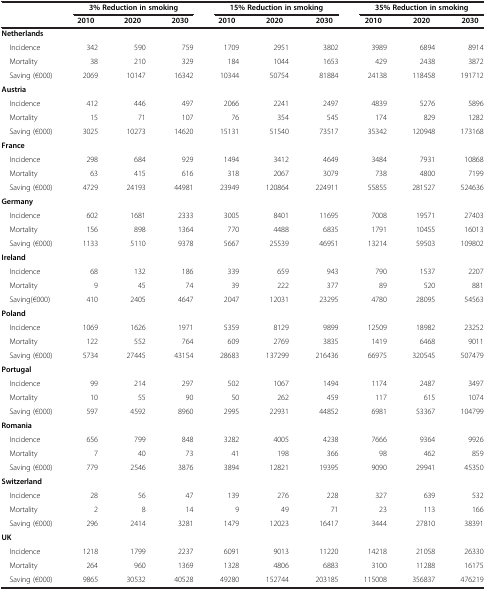
<table><thead><tr><td><b> </b></td><td colspan="3"><b>3% Reduction in smoking</b></td><td colspan="3"><b>15% Reduction in smoking</b></td><td colspan="3"><b>35% Reduction in smoking</b></td></tr><tr><td><b> </b></td><td><b>2010</b></td><td><b>2020</b></td><td><b>2030</b></td><td><b>2010</b></td><td><b>2020</b></td><td><b>2030</b></td><td><b>2010</b></td><td><b>2020</b></td><td><b>2030</b></td></tr></thead><tbody><tr><td><b>Netherlands</b></td><td colspan="3"> </td><td colspan="3"> </td><td colspan="3"> </td></tr><tr><td> Incidence</td><td>342</td><td>590</td><td>759</td><td>1709</td><td>2951</td><td>3802</td><td>3989</td><td>6894</td><td>8914</td></tr><tr><td> Mortality</td><td>38</td><td>210</td><td>329</td><td>184</td><td>1044</td><td>1653</td><td>429</td><td>2438</td><td>3872</td></tr><tr><td> Saving (€000)</td><td>2069</td><td>10147</td><td>16342</td><td>10344</td><td>50754</td><td>81884</td><td>24138</td><td>118458</td><td>191712</td></tr><tr><td><b>Austria</b></td><td colspan="3"> </td><td colspan="3"> </td><td colspan="3"> </td></tr><tr><td> Incidence</td><td>412</td><td>446</td><td>497</td><td>2066</td><td>2241</td><td>2497</td><td>4839</td><td>5276</td><td>5896</td></tr><tr><td> Mortality</td><td>15</td><td>71</td><td>107</td><td>76</td><td>354</td><td>545</td><td>174</td><td>829</td><td>1282</td></tr><tr><td> Saving (€000)</td><td>3025</td><td>10273</td><td>14620</td><td>15131</td><td>51540</td><td>73517</td><td>35342</td><td>120948</td><td>173168</td></tr><tr><td><b>France</b></td><td colspan="3"> </td><td colspan="3"> </td><td colspan="3"> </td></tr><tr><td> Incidence</td><td>298</td><td>684</td><td>929</td><td>1494</td><td>3412</td><td>4649</td><td>3484</td><td>7931</td><td>10868</td></tr><tr><td> Mortality</td><td>63</td><td>415</td><td>616</td><td>318</td><td>2067</td><td>3079</td><td>738</td><td>4800</td><td>7199</td></tr><tr><td> Saving (€000)</td><td>4729</td><td>24193</td><td>44981</td><td>23949</td><td>120864</td><td>224911</td><td>55855</td><td>281527</td><td>524636</td></tr><tr><td><b>Germany</b></td><td colspan="3"> </td><td colspan="3"> </td><td colspan="3"> </td></tr><tr><td> Incidence</td><td>602</td><td>1681</td><td>2333</td><td>3005</td><td>8401</td><td>11695</td><td>7008</td><td>19571</td><td>27403</td></tr><tr><td> Mortality</td><td>156</td><td>898</td><td>1364</td><td>770</td><td>4488</td><td>6835</td><td>1791</td><td>10455</td><td>16013</td></tr><tr><td> Saving (€000)</td><td>1133</td><td>5110</td><td>9378</td><td>5667</td><td>25539</td><td>46951</td><td>13214</td><td>59503</td><td>109802</td></tr><tr><td><b>Ireland</b></td><td colspan="3"> </td><td colspan="3"> </td><td colspan="3"> </td></tr><tr><td> Incidence</td><td>68</td><td>132</td><td>186</td><td>339</td><td>659</td><td>943</td><td>790</td><td>1537</td><td>2207</td></tr><tr><td> Mortality</td><td>9</td><td>45</td><td>74</td><td>39</td><td>222</td><td>377</td><td>89</td><td>520</td><td>881</td></tr><tr><td> Saving(€000)</td><td>410</td><td>2405</td><td>4647</td><td>2047</td><td>12031</td><td>23295</td><td>4780</td><td>28095</td><td>54563</td></tr><tr><td><b>Poland</b></td><td colspan="3"> </td><td colspan="3"> </td><td colspan="3"> </td></tr><tr><td> Incidence</td><td>1069</td><td>1626</td><td>1971</td><td>5359</td><td>8129</td><td>9899</td><td>12509</td><td>18982</td><td>23252</td></tr><tr><td> Mortality</td><td>122</td><td>552</td><td>764</td><td>609</td><td>2769</td><td>3835</td><td>1419</td><td>6468</td><td>9011</td></tr><tr><td> Saving (€000)</td><td>5734</td><td>27445</td><td>43154</td><td>28683</td><td>137299</td><td>216436</td><td>66975</td><td>320545</td><td>507479</td></tr><tr><td><b>Portugal</b></td><td colspan="3"> </td><td colspan="3"> </td><td colspan="3"> </td></tr><tr><td> Incidence</td><td>99</td><td>214</td><td>297</td><td>502</td><td>1067</td><td>1494</td><td>1174</td><td>2487</td><td>3497</td></tr><tr><td> Mortality</td><td>10</td><td>55</td><td>90</td><td>50</td><td>262</td><td>459</td><td>117</td><td>615</td><td>1074</td></tr><tr><td> Saving (€000)</td><td>597</td><td>4592</td><td>8960</td><td>2995</td><td>22931</td><td>44852</td><td>6981</td><td>53367</td><td>104799</td></tr><tr><td><b>Romania</b></td><td colspan="3"> </td><td colspan="3"> </td><td colspan="3"> </td></tr><tr><td> Incidence</td><td>656</td><td>799</td><td>848</td><td>3282</td><td>4005</td><td>4238</td><td>7666</td><td>9364</td><td>9926</td></tr><tr><td> Mortality</td><td>7</td><td>40</td><td>73</td><td>41</td><td>198</td><td>366</td><td>98</td><td>462</td><td>859</td></tr><tr><td> Saving (€000)</td><td>779</td><td>2546</td><td>3876</td><td>3894</td><td>12821</td><td>19395</td><td>9090</td><td>29941</td><td>45350</td></tr><tr><td><b>Switzerland</b></td><td colspan="3"> </td><td colspan="3"> </td><td colspan="3"> </td></tr><tr><td> Incidence</td><td>28</td><td>56</td><td>47</td><td>139</td><td>276</td><td>228</td><td>327</td><td>639</td><td>532</td></tr><tr><td> Mortality</td><td>2</td><td>8</td><td>14</td><td>9</td><td>49</td><td>71</td><td>23</td><td>113</td><td>166</td></tr><tr><td> Saving (€000)</td><td>296</td><td>2414</td><td>3281</td><td>1479</td><td>12023</td><td>16417</td><td>3444</td><td>27810</td><td>38391</td></tr><tr><td><b>UK</b></td><td colspan="3"> </td><td colspan="3"> </td><td colspan="3"> </td></tr><tr><td> Incidence</td><td>1218</td><td>1799</td><td>2237</td><td>6091</td><td>9013</td><td>11220</td><td>14218</td><td>21058</td><td>26330</td></tr><tr><td> Mortality</td><td>264</td><td>960</td><td>1369</td><td>1328</td><td>4806</td><td>6883</td><td>3100</td><td>11288</td><td>16175</td></tr><tr><td> Saving (€000)</td><td>9865</td><td>30532</td><td>40528</td><td>49280</td><td>152744</td><td>203185</td><td>115008</td><td>356837</td><td>476219</td></tr></tbody></table>